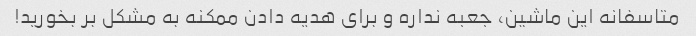
متاسفانه این ماشین، جعبه نداره و برای هدیه دادن ممکنه به مشکل بر بخورید!